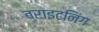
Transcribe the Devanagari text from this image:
ब्राइटनिंग